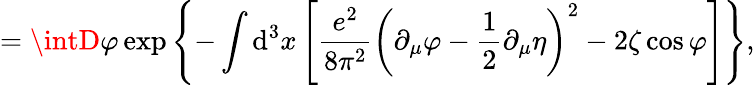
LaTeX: =\intD\varphi\exp\left\{ -\int\mathrm{d}^{3}x\left[\frac{{e^{2}}}{{8\pi^{2}}}\left(\partial_{\mu}\varphi-\frac{1}{2}\partial_{\mu}\eta\right)^{2}-2\zeta\cos\varphi\right]\right\} ,